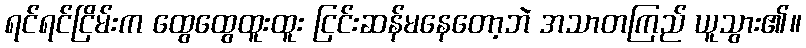
ရင်ရင်ငြိမ်းက ထွေထွေထူးထူး ငြင်းဆန်မနေတော့ဘဲ အသာတကြည် ယူသွား၏။